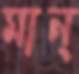
মান্